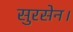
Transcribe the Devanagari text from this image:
सुरसेन।